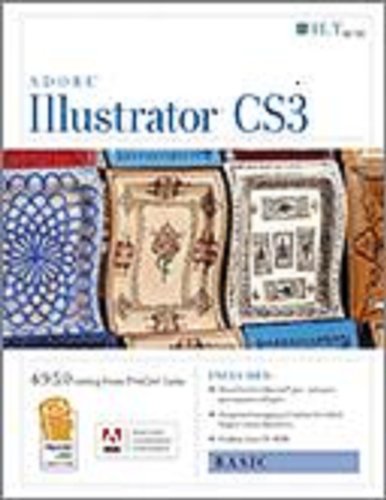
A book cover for Illustrator Cs3: Basic, Ace Edition + Certblaster, Student Manual with Data (ILT); Axzo Press; Computers & Technology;